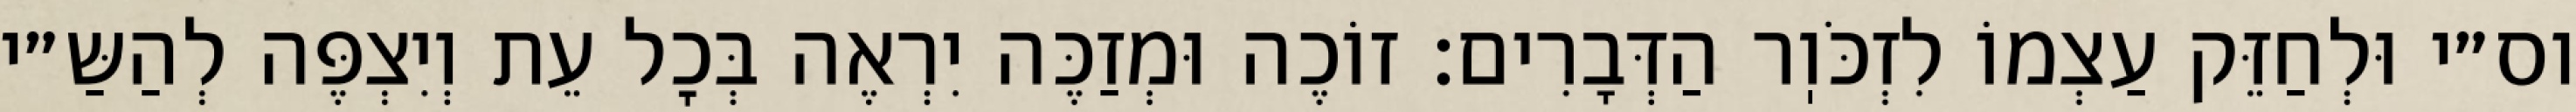
וס״י וּלְחַזֵּק עַצְמוֹ לִזְכֹּוֽר הַדְּבָרִים: זוֹכֶה וּמְזַכֶּה יִרְאֶה בְּכׇל עֵת וְיִצְפֶּה לְהַשַּ״י